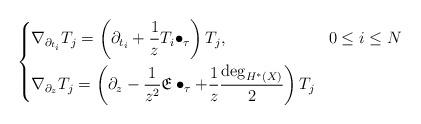
LaTeX: \begin{align*} \left\{\begin{aligned} & \nabla_{\partial_{t_i}} T_j = \left(\partial_{t_i} + \frac{1}{z} T_i \bullet_\tau\right) T_j, && 0 \leq i \leq N\\ & \nabla_{\partial_z} T_j = \left(\partial_z - \frac{1}{z^2} \mathfrak{E} \bullet_\tau + \frac{1}{z} \frac{\textnormal{deg}_{H^*(X)}}{2} \right) T_j \end{aligned}\right. \end{align*}